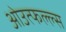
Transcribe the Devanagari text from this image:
ओउत्फल्ल्स